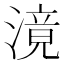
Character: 滰